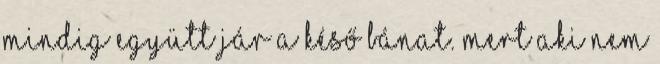
mindig együtt jár a késő bánat. Mert aki nem